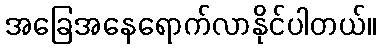
အခြေအနေရောက်လာနိုင်ပါတယ်။